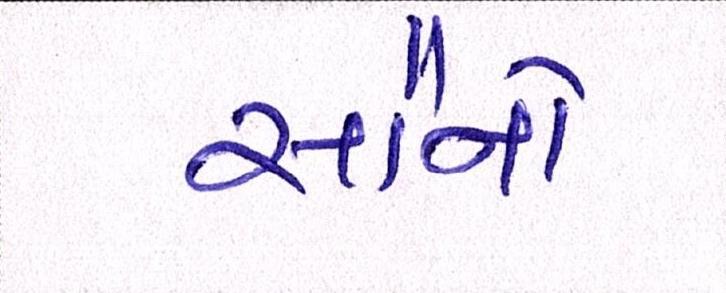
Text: સૌનો